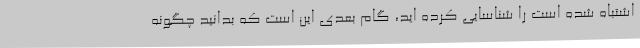
اشتباه شده است را شناسایی کرده اید، گام بعدی این است که بدانید چگونه